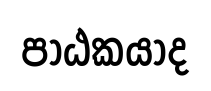
පාඨකයාද